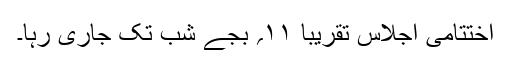
اختتامی اجلاس تقریبا ۱۱؍ بجے شب تک جاری رہا۔